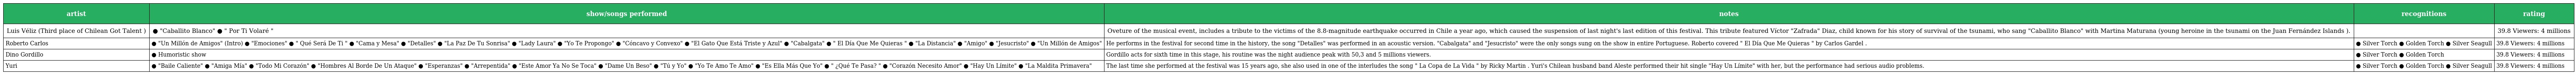
| artist | show/songs performed | notes | recognitions | rating |
 | --- | --- | --- | --- | --- |
 | Luis Véliz (Third place of Chilean Got Talent ) | ● "Caballito Blanco" ● " Por Ti Volaré " | Oveture of the musical event, includes a tribute to the victims of the 8.8-magnitude earthquake occurred in Chile a year ago, which caused the suspension of last night's last edition of this festival. This tribute featured Víctor "Zafrada" Diaz, child known for his story of survival of the tsunami, who sang "Caballito Blanco" with Martina Maturana (young heroine in the tsunami on the Juan Fernández Islands ). |  | 39.8 Viewers: 4 millions |
 | Roberto Carlos | ● "Un Millón de Amigos" (Intro) ● "Emociones" ● " Qué Será De Ti " ● "Cama y Mesa" ● "Detalles" ● "La Paz De Tu Sonrisa" ● "Lady Laura" ● "Yo Te Propongo" ● "Cóncavo y Convexo" ● "El Gato Que Está Triste y Azul" ● "Cabalgata" ● " El Día Que Me Quieras " ● "La Distancia" ● "Amigo" ● "Jesucristo" ● "Un Millón de Amigos" | He performs in the festival for second time in the history, the song "Detalles" was performed in an acoustic version. "Cabalgata" and "Jesucristo" were the only songs sung on the show in entire Portuguese. Roberto covered " El Día Que Me Quieras " by Carlos Gardel . | ● Silver Torch ● Golden Torch ● Silver Seagull | 39.8 Viewers: 4 millions |
 | Dino Gordillo | ● Humoristic show | Gordillo acts for sixth time in this stage, his routine was the night audience peak with 50,3 and 5 millions viewers. | ● Silver Torch ● Golden Torch | 39.8 Viewers: 4 millions |
 | Yuri | ● "Baile Caliente" ● "Amiga Mía" ● "Todo Mi Corazón" ● "Hombres Al Borde De Un Ataque" ● "Esperanzas" ● "Arrepentida" ● "Este Amor Ya No Se Toca" ● "Dame Un Beso" ● "Tú y Yo" ● "Yo Te Amo Te Amo" ● "Es Ella Más Que Yo" ● " ¿Qué Te Pasa? " ● "Corazón Necesito Amor" ● "Hay Un Límite" ● "La Maldita Primavera" | The last time she performed at the festival was 15 years ago, she also used in one of the interludes the song " La Copa de La Vida " by Ricky Martin . Yuri's Chilean husband band Aleste performed their hit single "Hay Un Límite" with her, but the performance had serious audio problems. | ● Silver Torch ● Golden Torch ● Silver Seagull | 39.8 Viewers: 4 millions |